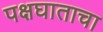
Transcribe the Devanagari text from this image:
पक्षघाताचा